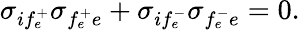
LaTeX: \sigma_{if_{e}^{+}}\sigma_{f_{e}^{+}e}+\sigma_{if_{e}^{-}}\sigma_{f_{e}^{-}e}=0.